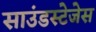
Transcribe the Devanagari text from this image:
साउंडस्टेजेस